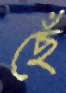
ছেঁ